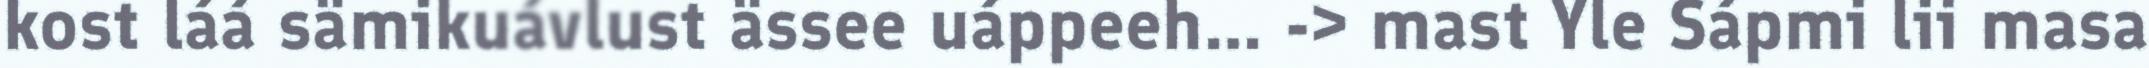
kost láá sämikuávlust ässee uáppeeh… -> mast Yle Sápmi lii masa